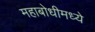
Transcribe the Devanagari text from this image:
महाबोधीमध्ये